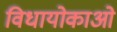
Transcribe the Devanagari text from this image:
विधायोकाओं